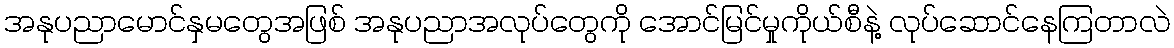
အနုပညာမောင်နှမတွေအဖြစ် အနုပညာအလုပ်တွေကို အောင်မြင်မှုကိုယ်စီနဲ့ လုပ်ဆောင်နေကြတာလဲ